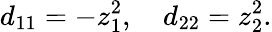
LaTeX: d_{11}=-z_{1}^{2},\quad d_{22}=z_{2}^{2}.